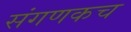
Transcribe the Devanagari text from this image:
संगणकच